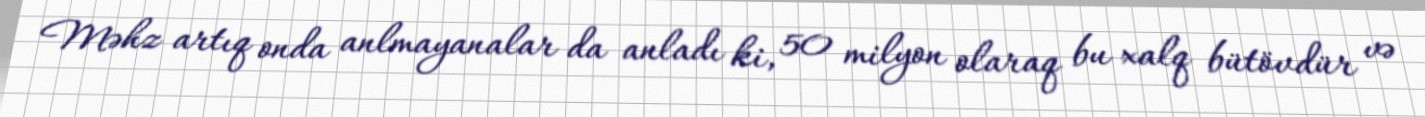
Məhz artıq onda anlmayanalar da anladı ki, 50 milyon olaraq bu xalq bütövdür və